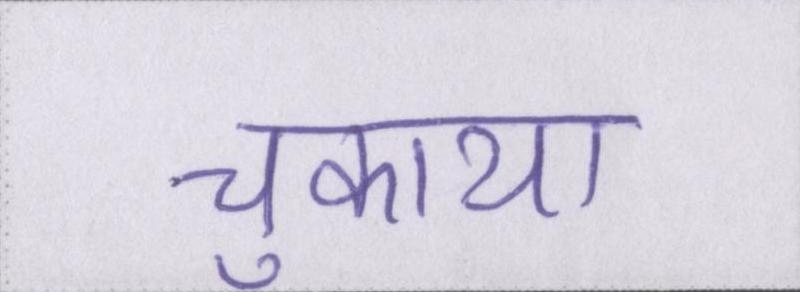
चुकाया